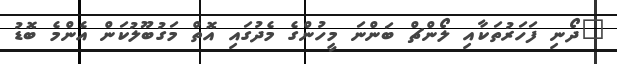
"ދޯނި ފަހަރުތަކާއި ލޯންޗް ބަންނަ މީހުންގެ މެދުގައި އޮތް މަގުބޫލުކަން އެންމެ ބޮޑު